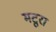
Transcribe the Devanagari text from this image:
मटूरा